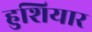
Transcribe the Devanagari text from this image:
हुशियार